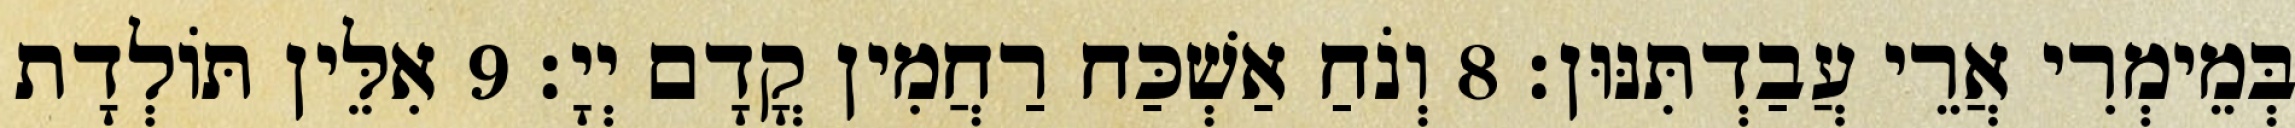
בְּמֵימְרִי אֲרֵי עֲבַדְתִּנּוּן׃ 8 וְנֹחַ אַשְׁכַּח רַחֲמִין קֳדָם יְיָ׃ 9 אִלֵּין תּוֹלְדָת